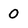
Character: 0